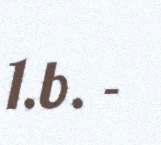
1.b. -